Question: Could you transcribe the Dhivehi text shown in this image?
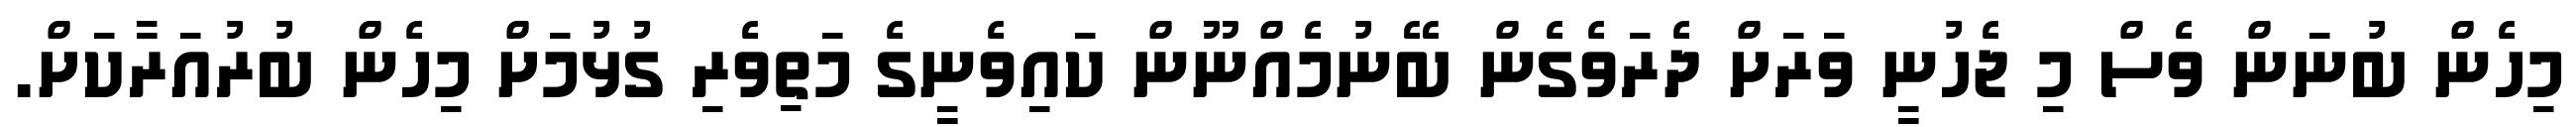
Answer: މިހެން ބުނަން ވެސް މި ޖެހުނީ ވަރަށް ދެރަވެގެން ބޭނުމެއްނޫން ކައިވެނީގެ މަތިވެރި ގުޅުމަށް މިހެން ބުރުއަރާކަށް.